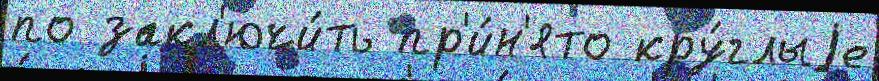
по закл'ючи́ть пр'и́н'ято кру́глыjе